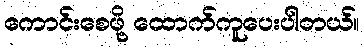
ကောင်းစေဖို့ ထောက်ကူပေးပါတယ်။